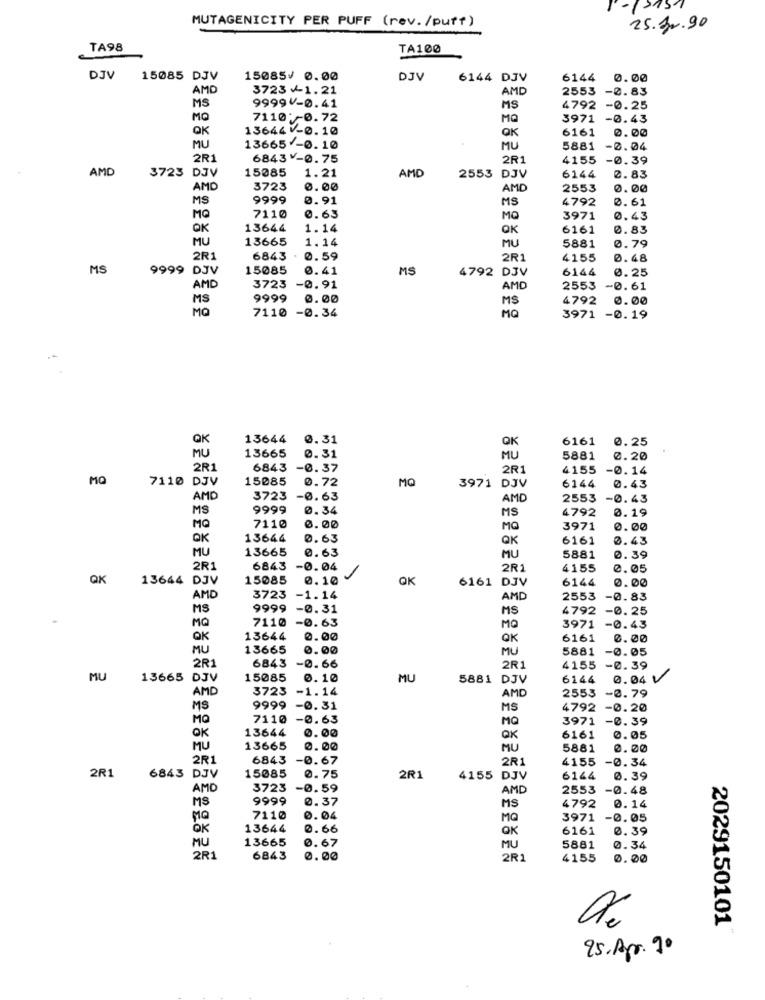
-12751
MUTAGENICITY PER PUFF (rev./puff)
25.00.90
TA98
TA100
DJV
15085 DJV
15085/ 0.00
DJV
6144 DJV
6144 0.00
AMD
3723 v-1.21
AMD
2553 -0.83
MS
9999 V-0.41
MS
4792 -0.25
MQ
7110 :- 0.72
MQ
3971 -0.43
QK
13644 -0.10
QK
6161
0.00
MU
13665 -0.10
MU
5881 -0.04
2R1
6843 ¥-0.75
2R1
4155
-0.39
AMD
3723 DJV
15085
1.21
AMD
2553 DJV
6144
2.83
AMD
3723
0.00
AMD
2553
0.00
MS
9999
0.91
MS
4792
0.61
MQ
7110
0.63
MO
3971
0.43
OK
13644
1.14
OK
6161
0.83
MU
13665
1.14
MU
5881
0.79
2R1
6843 . 0.59
2R1
4155
0.48
MS
9999 DJV
15085
0.41
MS
4792 DJV
6144
0.25
AMD
3723
-0.91
AMD
2553
-0.61
MS
9999
0.00
MS
4792
0.00
MQ
7110 -0.34
MQ
3971 -0.19
OK
13644
0. 31
6161
0. 25
OK
MU
13665
0.31
MU
5881 0.20
2R1
6843 -0.37
2R1
4155 -0.14
MQ
7110 DJV
15085
0.72
MQ
3971 DJV
6144
0.43
AMD
3723
-0.63
AMD
2553
-0.43
MS
9999
0.34
4792
0.19
MS
MQ
7110
0.00
MG
3971
0.00
QK
13644
0.63
QK
6161
0.43
MU
13665
0.63
MU
5881
0.39
2R1
6843
-0.04
2R
4155
0.05
QK
13644 DJV
15085
0.10
OK
6161 DJV
6144
0.00
AMD
3723
-1.14
AMD
2553
-0.83
MS
9999
-0.31
MS
4792 -0. 25
7110 -0.63
MQ
MO
3971 -0.43
QK
13644
0.00
OK
6161
0.00
MU
13665
0.00
MU
5881
-0.05
-0.66
2R1
6843
2R1
4155
-0.39
MU
13665 DJV
15085
0.10
MU
5881 DJV
6144
0.04 V
AMD
3723
-1.14
2553
-0.79
AMD
MS
9999
-0.31
MS
4792 -0.20
MQ
7110
-0.63
MQ
3971
-0.39
13644
0.00
OK
6161
0.05
MU
13665
0.00
MU
5881
0.00
2R1
6843
-0.67
2R1
4155
-0.34
6843 DJV
15085
2R1
0.75
2R1
4155 DJV
6144
0.39
AMD
3723
-0.59
AMD
2553
-0.48
MS
9999
0.37
MS
4792
0.14
MQ
7110
0.04
MG
3971
-0.05
OK
13644
0.66
OK
6161
0.39
MU
13665
0.67
MU
5881
0.34
2R1
6843
0.00
2R1
4155
0.00
2029150101
95.Apr. 90